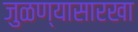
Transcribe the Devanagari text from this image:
जुळण्यासारखा